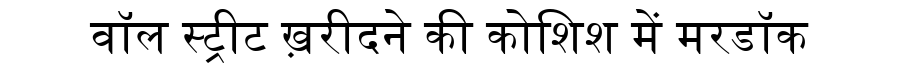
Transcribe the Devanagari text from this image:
वॉल स्ट्रीट ख़रीदने की कोशिश में मरडॉक